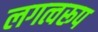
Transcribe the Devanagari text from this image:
लगत्वरूप